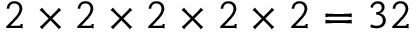
2 \times 2 \times 2 \times 2 \times 2 = 3 2